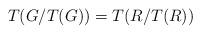
LaTeX: \begin{align*}T(G/T(G)) = T(R/T(R))\end{align*}